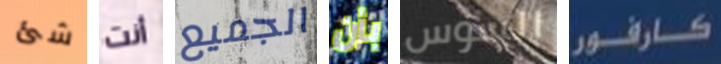
شئ أنت الجميع بأن السوس كارفور